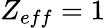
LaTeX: Z_{eff}=1